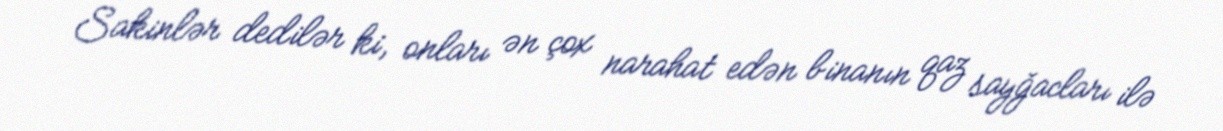
Sakinlər dedilər ki, onları ən çox narahat edən binanın qaz sayğacları ilə